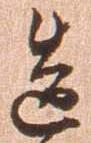
造